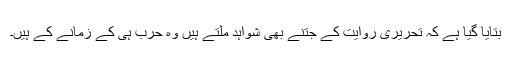
بتایا گیا ہے کہ تحریری روایت کے جتنے بھی شواہد ملتے ہیں وہ حرب ہی کے زمانے کے ہیں۔